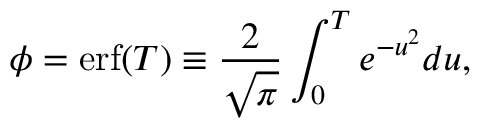
\phi = \mathrm { e r f } ( T ) \equiv \frac { 2 } { \sqrt { \pi } } \int _ { 0 } ^ { T } e ^ { - u ^ { 2 } } d u ,